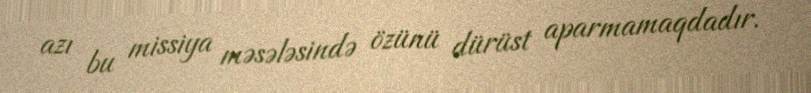
azı bu missiya məsələsində özünü dürüst aparmamaqdadır.